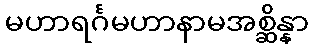
မဟာရင်္ဂမဟာနာမအစ္ဆိန္နာ